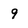
Character: 9